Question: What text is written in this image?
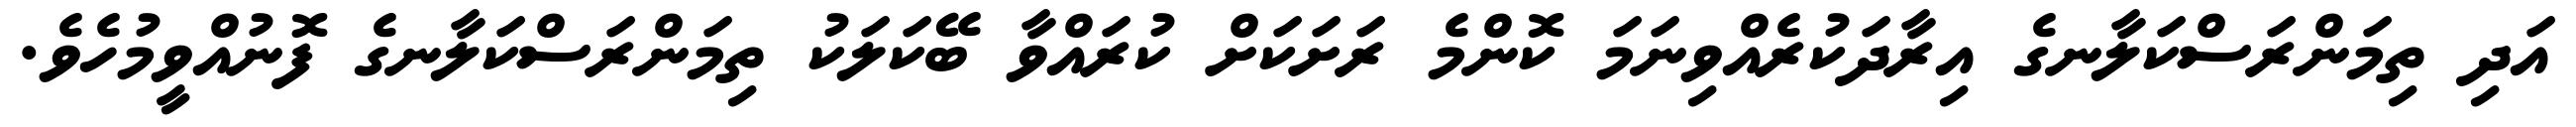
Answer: އަދި ތިމަންރަސްކަލާނގެ އިރާދަކުރެއްވިނަމަ ކޮންމެ ރަށަކަށް ކުރައްވާ ބޭކަލަކު ތިމަންރަސްކަލާނގެ ފޮނުއްވީމުހެވެ.